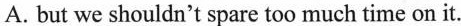
A. but we shouldn't spare too much time on it.